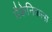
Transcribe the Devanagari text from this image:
मैकेनिकल्स